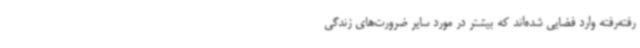
رفته‌رفته وارد فضایی شده‌اند که بیشتر در مورد سایر ضرورت‌های زندگی